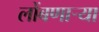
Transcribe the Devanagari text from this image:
लोंबणाऱ्या